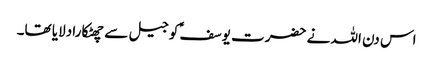
اس دن اللہ نے حضرت یوسفؑ کو جیل سے چھٹکارا دلایا تھا۔